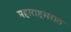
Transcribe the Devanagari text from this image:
महाराष्ट्रभरात